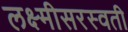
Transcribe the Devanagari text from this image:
लक्ष्मीसरस्वती